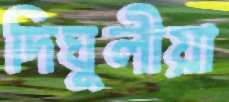
দিঘুলীয়া